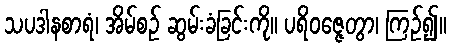
သပဒါနစာရံ၊ အိမ်စဉ် ဆွမ်းခံခြင်းကို။ ပရိဝဇ္ဇေတွာ၊ ကြဉ်၍။